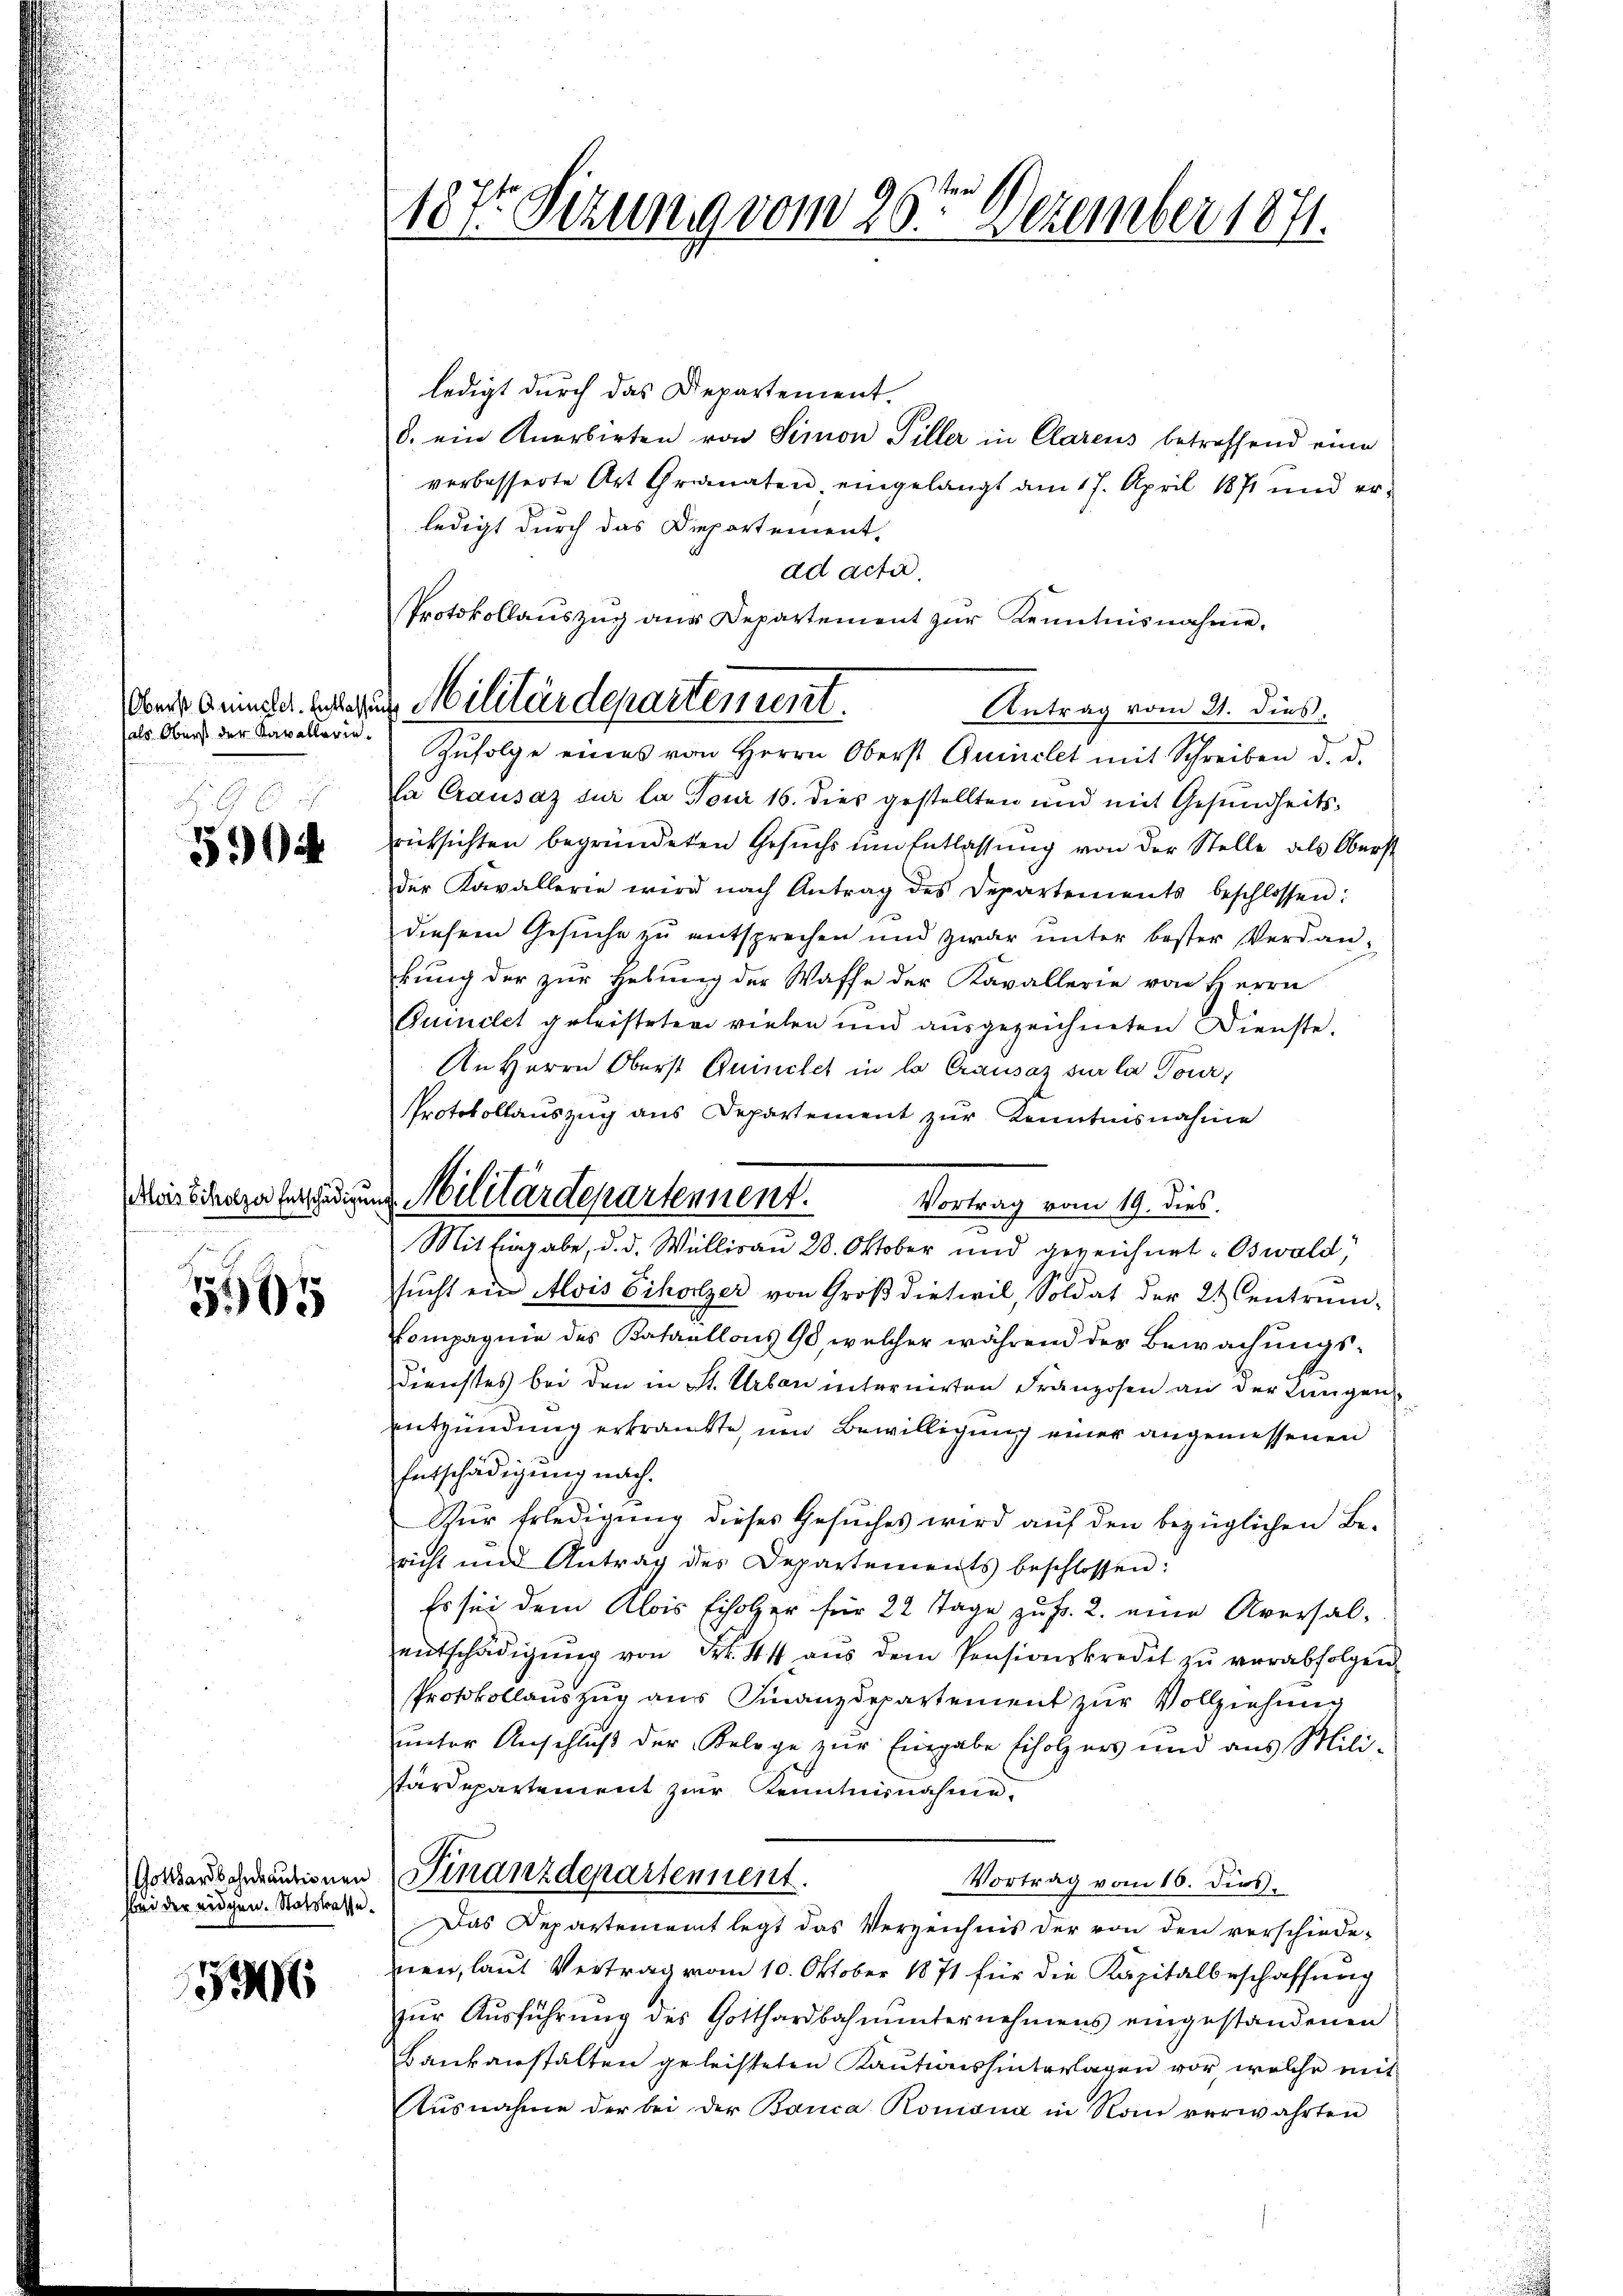
Oberst Anmelet. Entlasse
als Oberst der Kavallerie¬

504

19
505

Gotthardbahnbautionen
hei der eidgen. Statskasse.

590

187 Sezung vom 26ten Dezember 1871.

ad acta
Protokollauszug aus Departement zur Kenntnisnahme.
a Militärdepartement.
Antrag vom 21. dies.

Meis Schatze verscherung Militärdepartennent.
Mit Eingabe, d. d. Willisau 28. Oktober und gezeichnet. Oswald,

ledigt durch das Departement.
8. ein Anerbieten von Simon Piller in Clarens betreffend eine
verbesserte Art Granaten eingelangt am 17. April 1871 und er-
ledigt durch das Departement-
Zŭfolge eines von Herrn Oberst Gumelet mit Schreiben d. d.
la Crausaz sur la Four 16. dies gestellten und mit Gesundheits-
rücksichten begründeten Gesuchs um Entlassung von der Stelle als Oberst
der Kavallerie wird nach Antrag des Departements beschlossen:
diesem Gesuche zu entsprechen und zwar ŭnter bester Verdan-
kung der zur Hebung der Waffe der Kavallerie von Herrn
Cumilet geleisteten vielen und ausgezeichneten Dienste.
An Herrn Oberst Quinclet in la Crausaz sur la Tour,
Protokollauszug aus Departement zur Kenntnisnahme
Vortrag vom 19. dies.
sŭcht ein Alois Eiholzer von Groβdietwil, Soldat der 24 Centrum-
Compagnie des Kataillons 98, welcher während der Bewachungs¬
Dienstes bei den in St. Urban internirten Franzosen an der Lungen
entzündung erkränkte, und Bewilligung einer angemessenen
Entschädigung nach.
Zur Erledigung dieses Gesuches wird auf den bezüglichen Be-
richt und Antrag des Departements beschlossen:
Es sei dem Klois Erholzer für 22 Tage zu Fr. 2. eine Aversalentschädigung von Fr. 444 aŭs dem Pensionskredet zu verabfolgen
Protokollauszug aus Finanzdepartement zur Vollziehung
unter Anschluß der Belege zŭr Eingabe Erholzers und aus Mili-
Pärdepartement zur Kenntnisnahme.
Finanzdepartennent.
Vortrag vom 16. dies
Das Departement legt das Verzeichnis der von den verschiedewien, laut Vertrag vom 10. Oktober 1871 für die Kapitalbeschaffung
zŭr Aŭsführŭng des Gotthardbahnunternehmens eingestandenen
Bankanstalten geleisteten Kautionshinterlagen vor welche mit
Ausnahme der bei der Banca Romana in Nan verwahrten